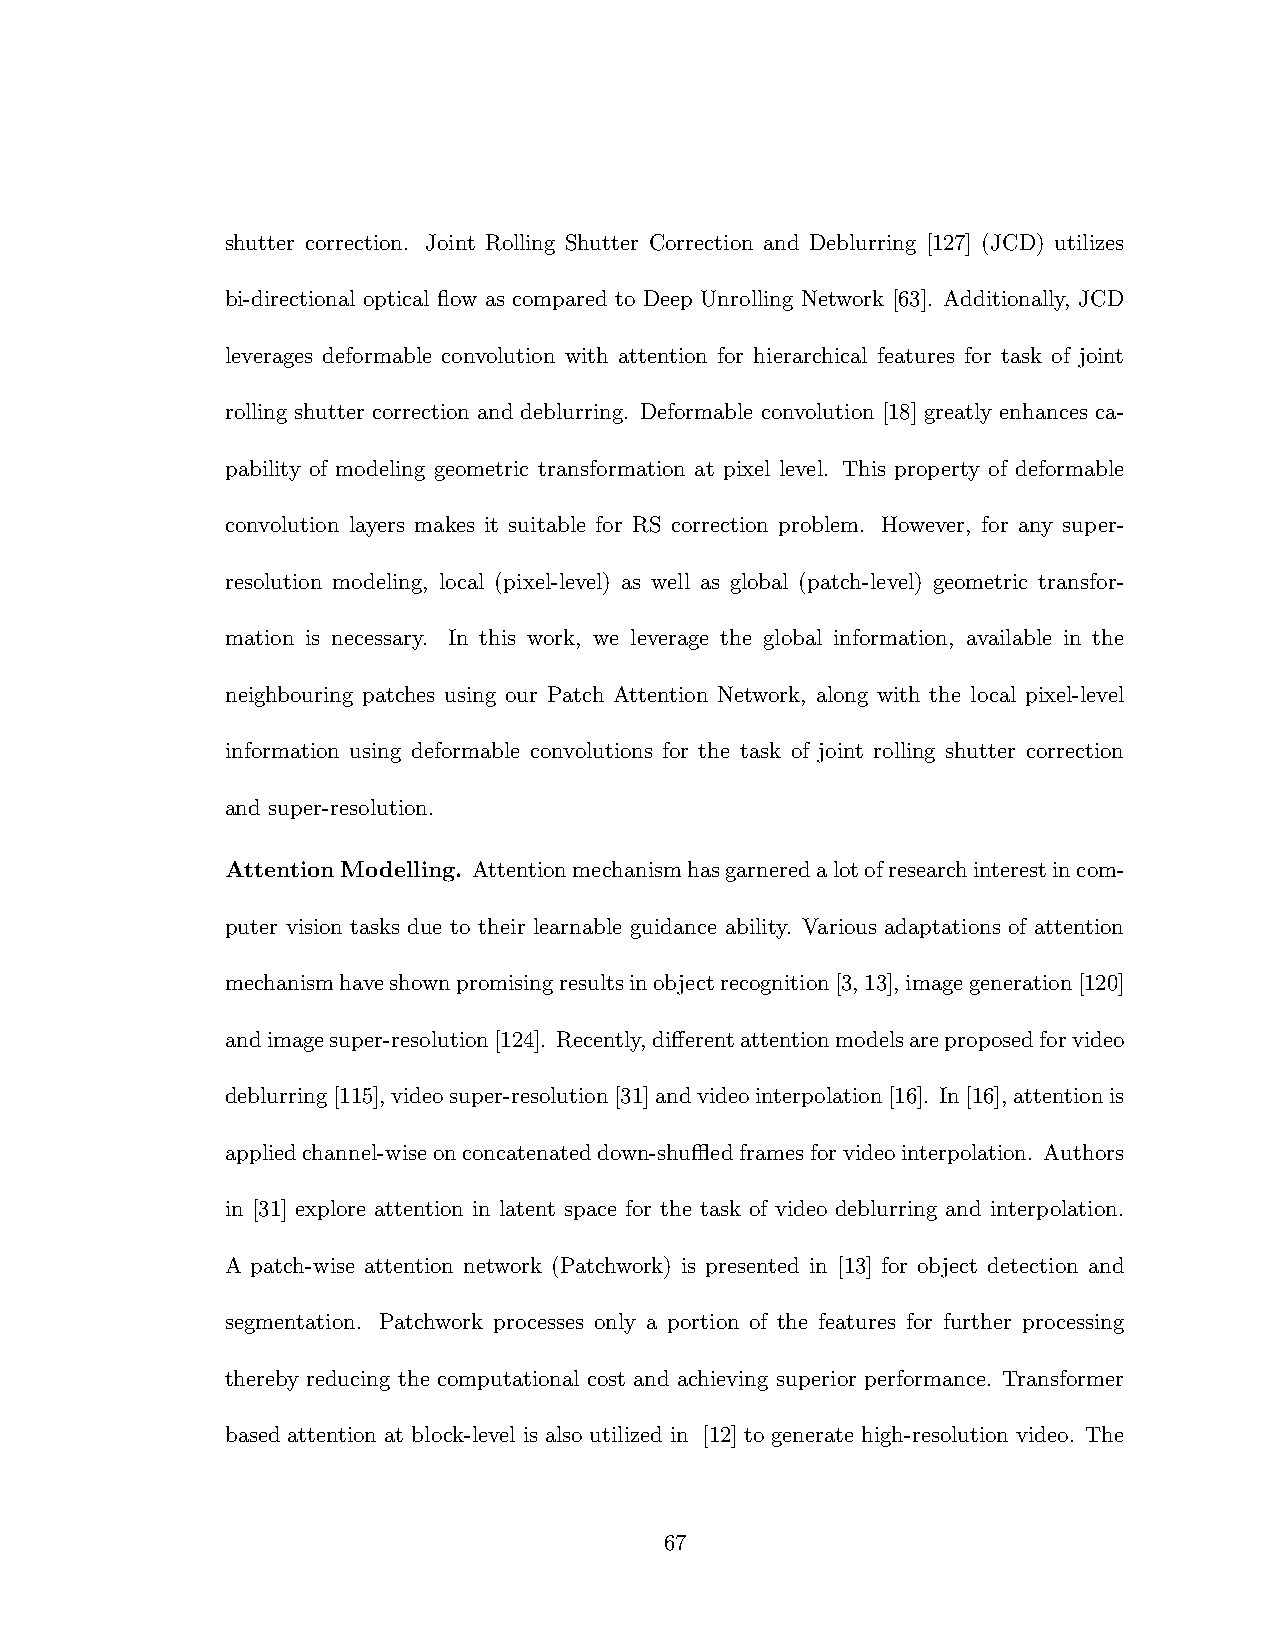
shutter correction. Joint Rolling Shutter Correction and Deblurring [127] (JCD) utilizes
 bi-directional optical flow as compared to Deep Unrolling Network [63]. Additionally, JCD
 leverages deformable convolution with attention for hierarchical features for task of joint
 rolling shutter correction and deblurring. Deformable convolution [18] greatly enhances ca-
 pability of modeling geometric transformation at pixel level. This property of deformable
 convolution layers makes it suitable for RS correction problem. However, for any super-
 resolution modeling, local (pixel-level) as well as global (patch-level) geometric transfor-
 mation is necessary. In this work, we leverage the global information, available in the
 neighbouring patches using our Patch Attention Network, along with the local pixel-level
 information using deformable convolutions for the task of joint rolling shutter correction
 and super-resolution.
 AttentionModelling. Attentionmechanismhasgarneredalotofresearchinterestincom-
 puter vision tasks due to their learnable guidance ability. Various adaptations of attention
 mechanismhaveshownpromisingresultsinobjectrecognition[3,13],imagegeneration[120]
 andimagesuper-resolution[124]. Recently,differentattentionmodelsareproposedforvideo
 deblurring[115],videosuper-resolution[31]andvideointerpolation[16]. In[16],attentionis
 appliedchannel-wiseonconcatenateddown-shuffledframesforvideointerpolation. Authors
 in [31] explore attention in latent space for the task of video deblurring and interpolation.
 A patch-wise attention network (Patchwork) is presented in [13] for object detection and
 segmentation. Patchwork processes only a portion of the features for further processing
 thereby reducing the computational cost and achieving superior performance. Transformer
 based attention at block-level is also utilized in [12] to generate high-resolution video. The
 67